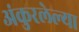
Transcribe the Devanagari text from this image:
अंकुरलेल्या